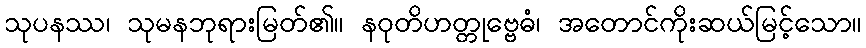
သုပနဿ၊ သုမနဘုရားမြတ်၏။ နဝုတိဟတ္တုဗ္ဗေဓံ၊ အတောင်ကိုးဆယ်မြင့်သော။